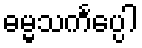
ဓမ္မသင်္ကပ္ပေါ